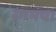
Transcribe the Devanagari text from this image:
रंगमंच।